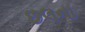
છલના